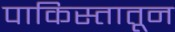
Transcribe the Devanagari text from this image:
पाकिस्तातून